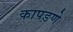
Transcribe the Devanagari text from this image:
कापडणे